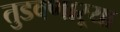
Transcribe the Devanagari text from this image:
तुडवणाऱ्या